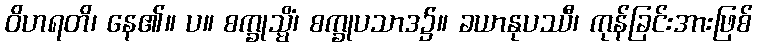
ဝိဟရတိ၊ နေ၏။ ပ။ စက္ခုသ္မိံ၊ စက္ခုပသာဒ၌။ ခယာနုပဿီ၊ ကုန်ခြင်းအားဖြစ်